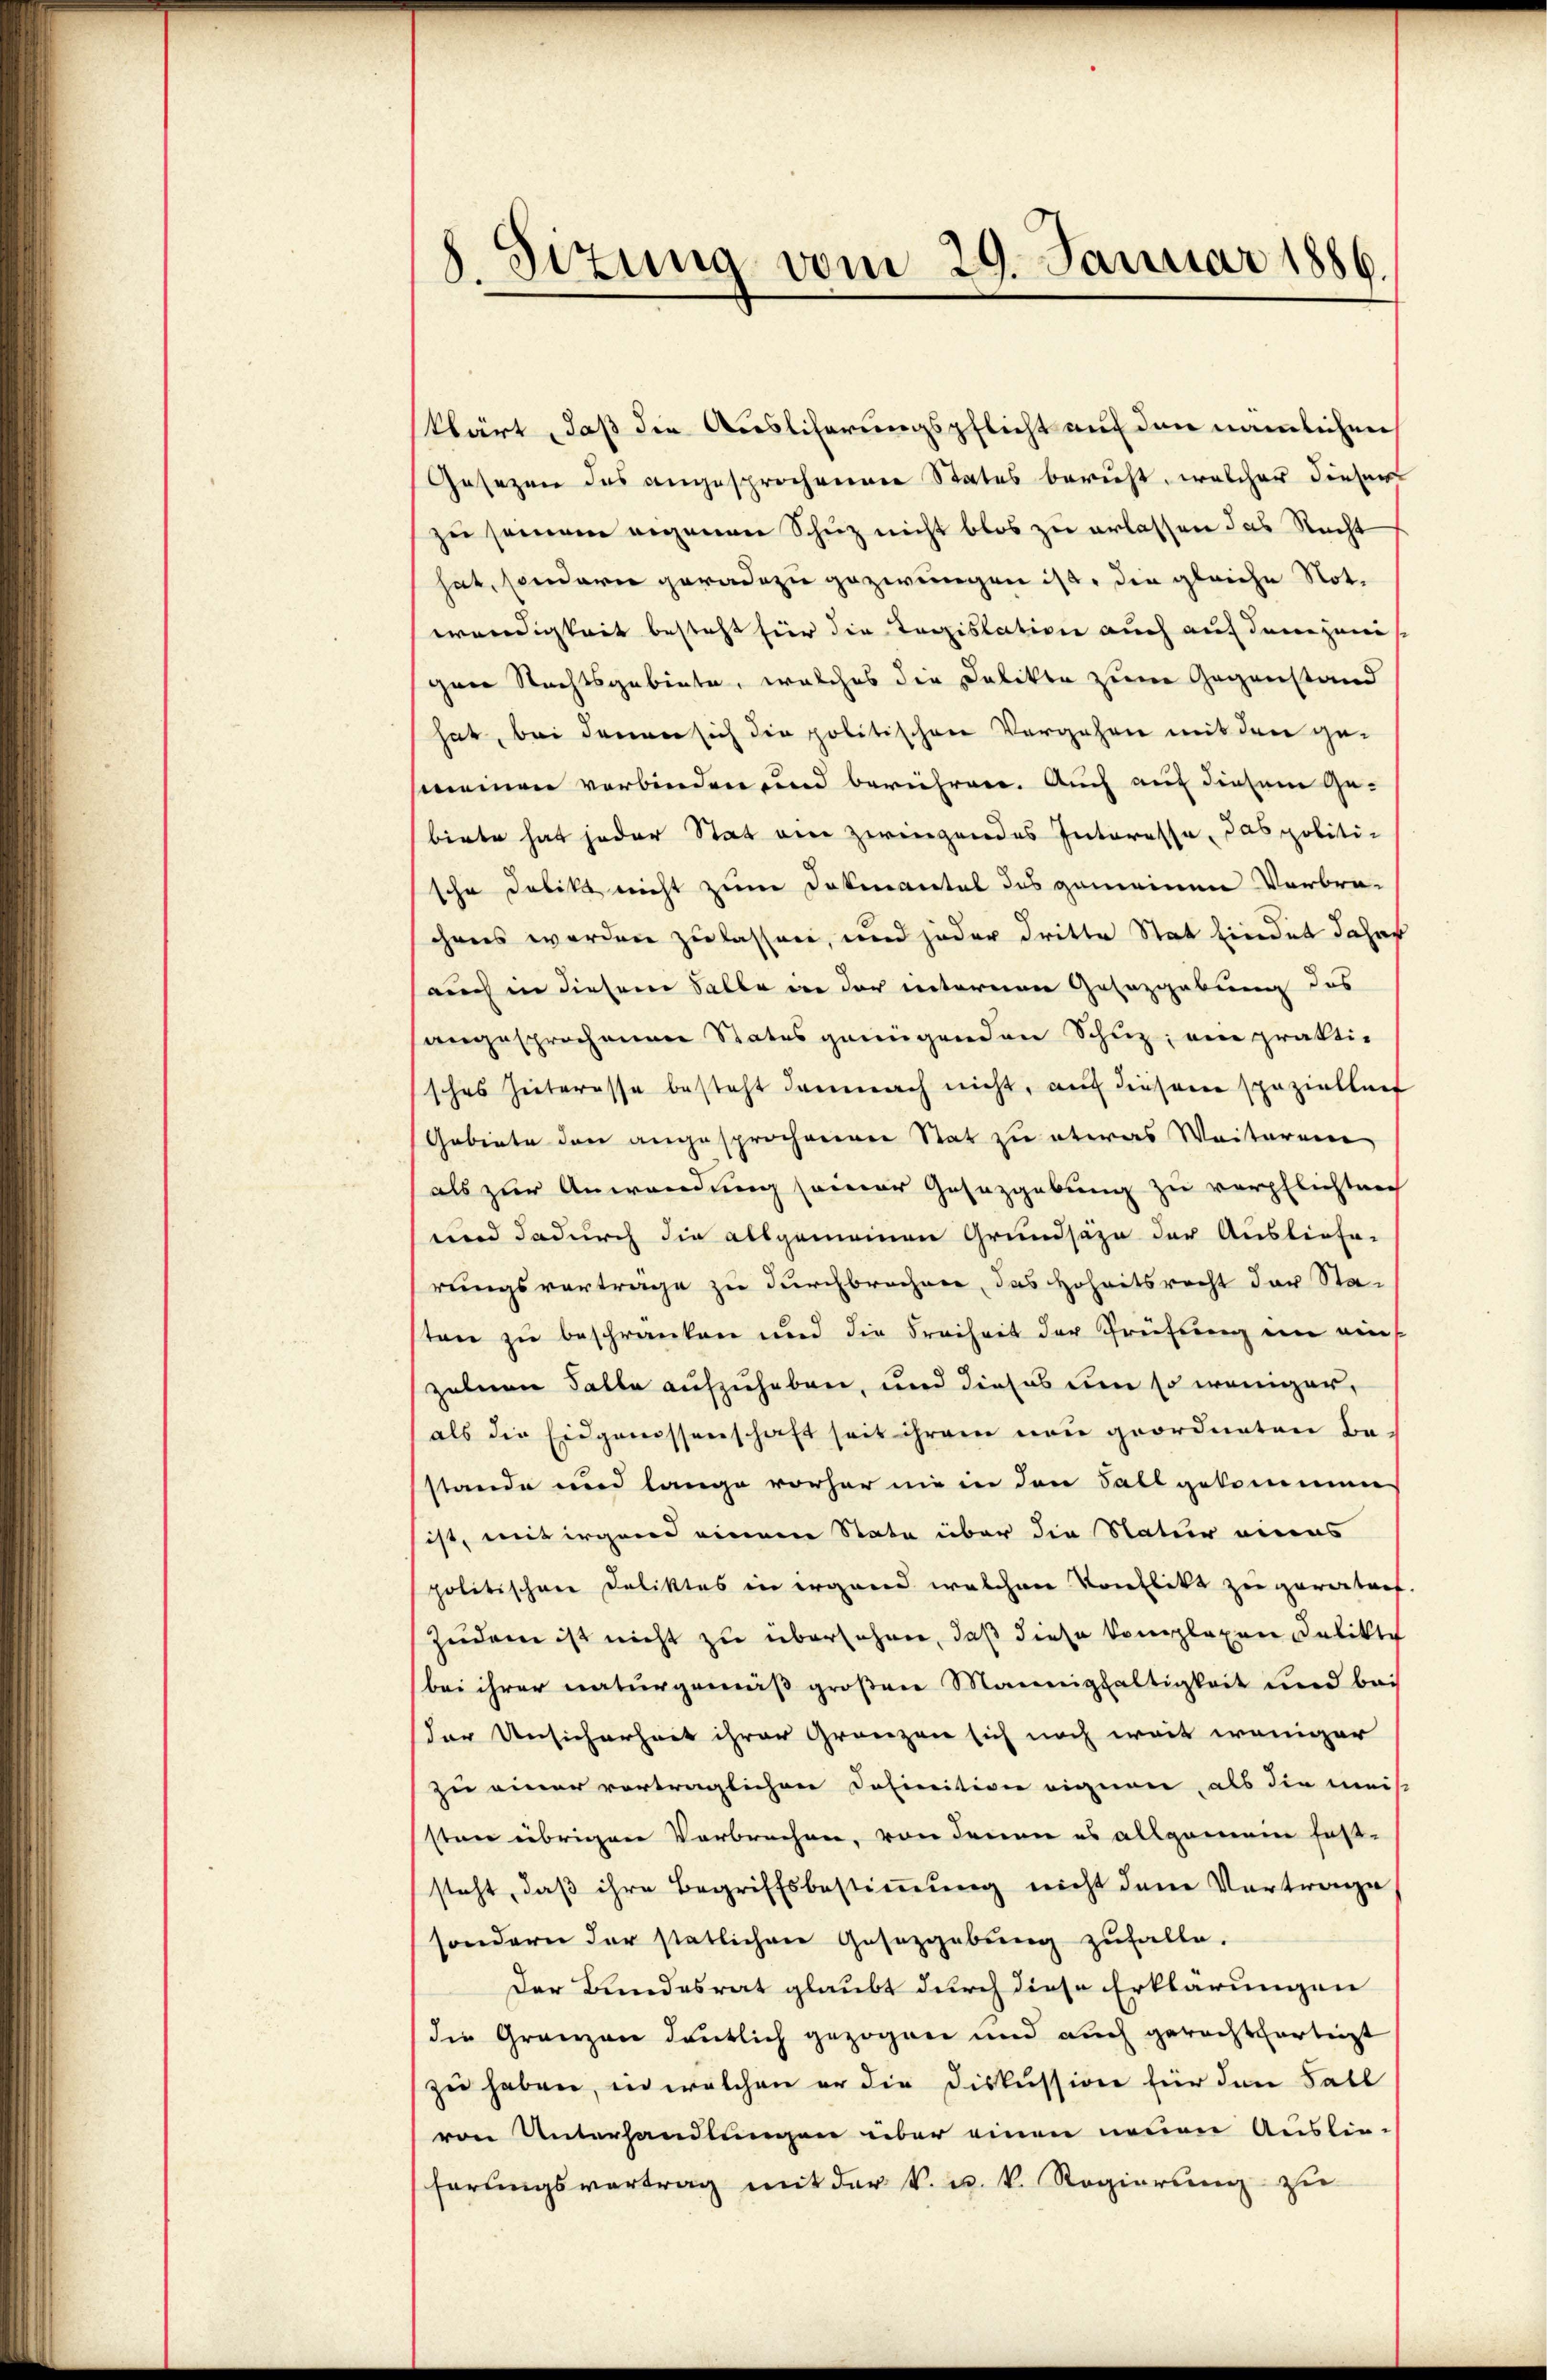
8. Sitzung vom 29. Januar 1886

klärt, daß die Auslicherungspflicht auf den nämlichen
Gesezen des angesprochenen Status beruht, welcher dieser
zu seinem eigenen Schuz nicht blos zu erlassen das Recht
hat, sondern geradezu gezwungen ist, die gleiche Not.
wendigkeit besteht für die Regislation auch auf denjeni
irie Rechtsgebiete, welches die Delikte zum Gegenstand
hat, bei denen sich die politischen Vergehen mit den gemeinen verbinden und berühren. Auch auf diesem Gebirte hat jeder Stat am zwingendes Interesse, das politische Delikt nicht zum Dokiantel des gemeinen Verbra-
chens werden zu lassen, und jeder dritte Stat findet daher
auch in diesem Falle in der internen Gesezgebung des
angesprochenen Status genügenden Schuz, ein prakti-
sches Interesse besteht demnach nicht, auf diesem spaziellenf
Gebiete den angesprochenerer Stat zu etwas Weiteren
als zur Anwendung seiner Gesazgebung zu verpflichten
wird dadurch die allgemeinen Grundsäze der Ausliefer
rungsverträge zu durchbrochen, das Hoheitsrecht der Sta-
sten zu beschränken und die Freiheit der Prüfung in ein
zelnen Falle aufzuheben, und dieses um so weniger,
als die Eidgenossenschaft seit ihrem neu geordneten Be-
stande und lange vorher nie in den Fall gekommen
ist, mit irgend einer State über die Natur eines
politischen Deliktes in irgend welchen Konflikt zu geratorf
Zudem ist nicht zu übersehen, daß diese komplexen Delikte
(bei ihrer naturgemäß großen Mannigfaltigkeit und bei
der Unsicherheit ihrer Gränzen sich noch weit weniger
zu einer vorträglichen Definition eignen, als die meis
sten übrigen Verbrechen, von denen es allgemein fast-
steht, daβ ihre Begriffsbestiṁŭng nicht dem Vortrage
sondern der statlichen Gesetzgebung zufalle.
Der Bundesrat glaubt durch diese Erklärungen
die Gränzen deutlich gezogen und auch gerechtfertigt
zu haben, in welchen er die Diskussion für den Fall
von Unterhandlungen über einen neuen Auslie-
herungsvertrag mit der k. u. k. Regierung zu